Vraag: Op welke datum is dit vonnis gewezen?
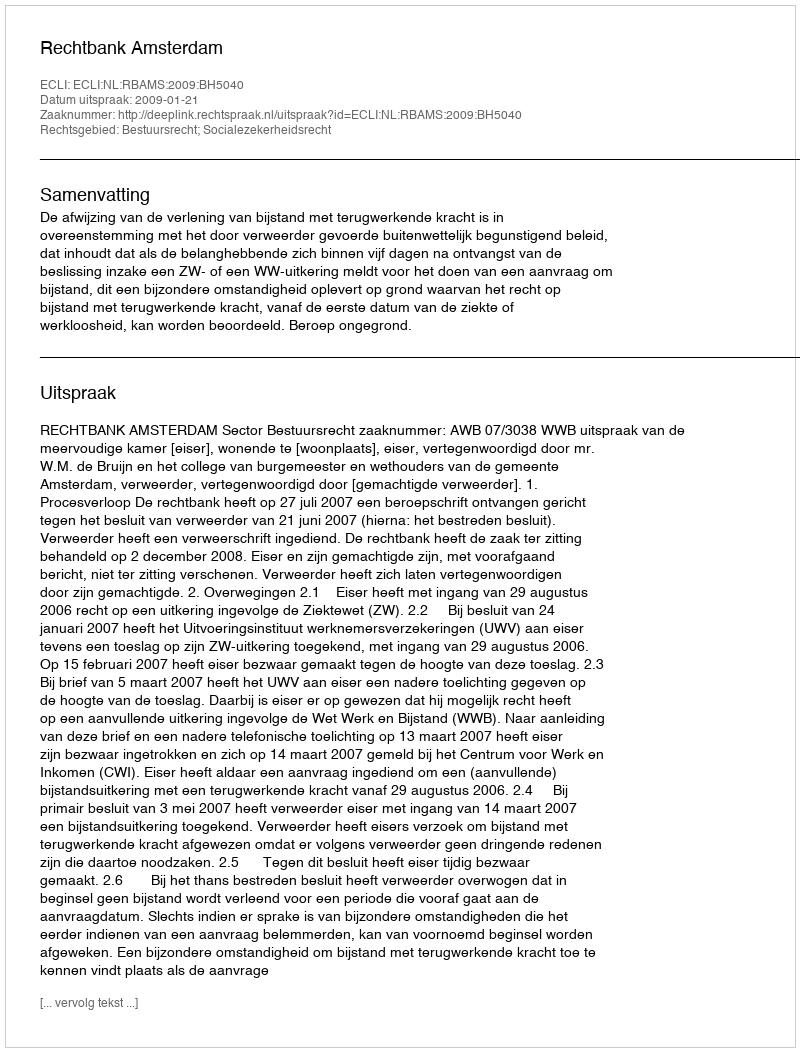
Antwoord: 2009-01-21